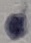
Text: 2